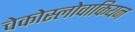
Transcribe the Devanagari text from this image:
चेकोस्लोवाकियन